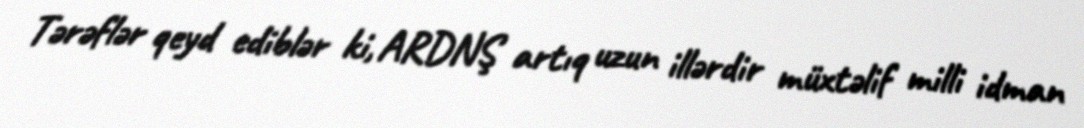
Tərəflər qeyd ediblər ki, ARDNŞ artıq uzun illərdir müxtəlif milli idman